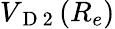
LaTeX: V_{\mathrm{~D~2~}}(R_{e})